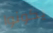
يكونوا